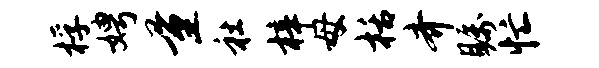
桴娉量社梓母栝齐瞩忙